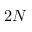
2 N